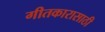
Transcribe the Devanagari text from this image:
गीतकारासाठी